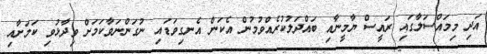
އަދި މިމައްސަލާގައި ރައީސް ޔާމީނާއި ބައްދަލުކުރެއްވުމުން އެކަން އެނގިވަޑައި ނުގަންނަވާކަމަށް ވިދާޅުވި ކަމަށާއި